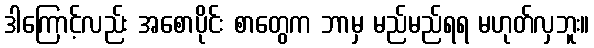
ဒါကြောင့်လည်း အစောပိုင်း စာတွေက ဘာမှ မည်မည်ရရ မဟုတ်လှဘူး။